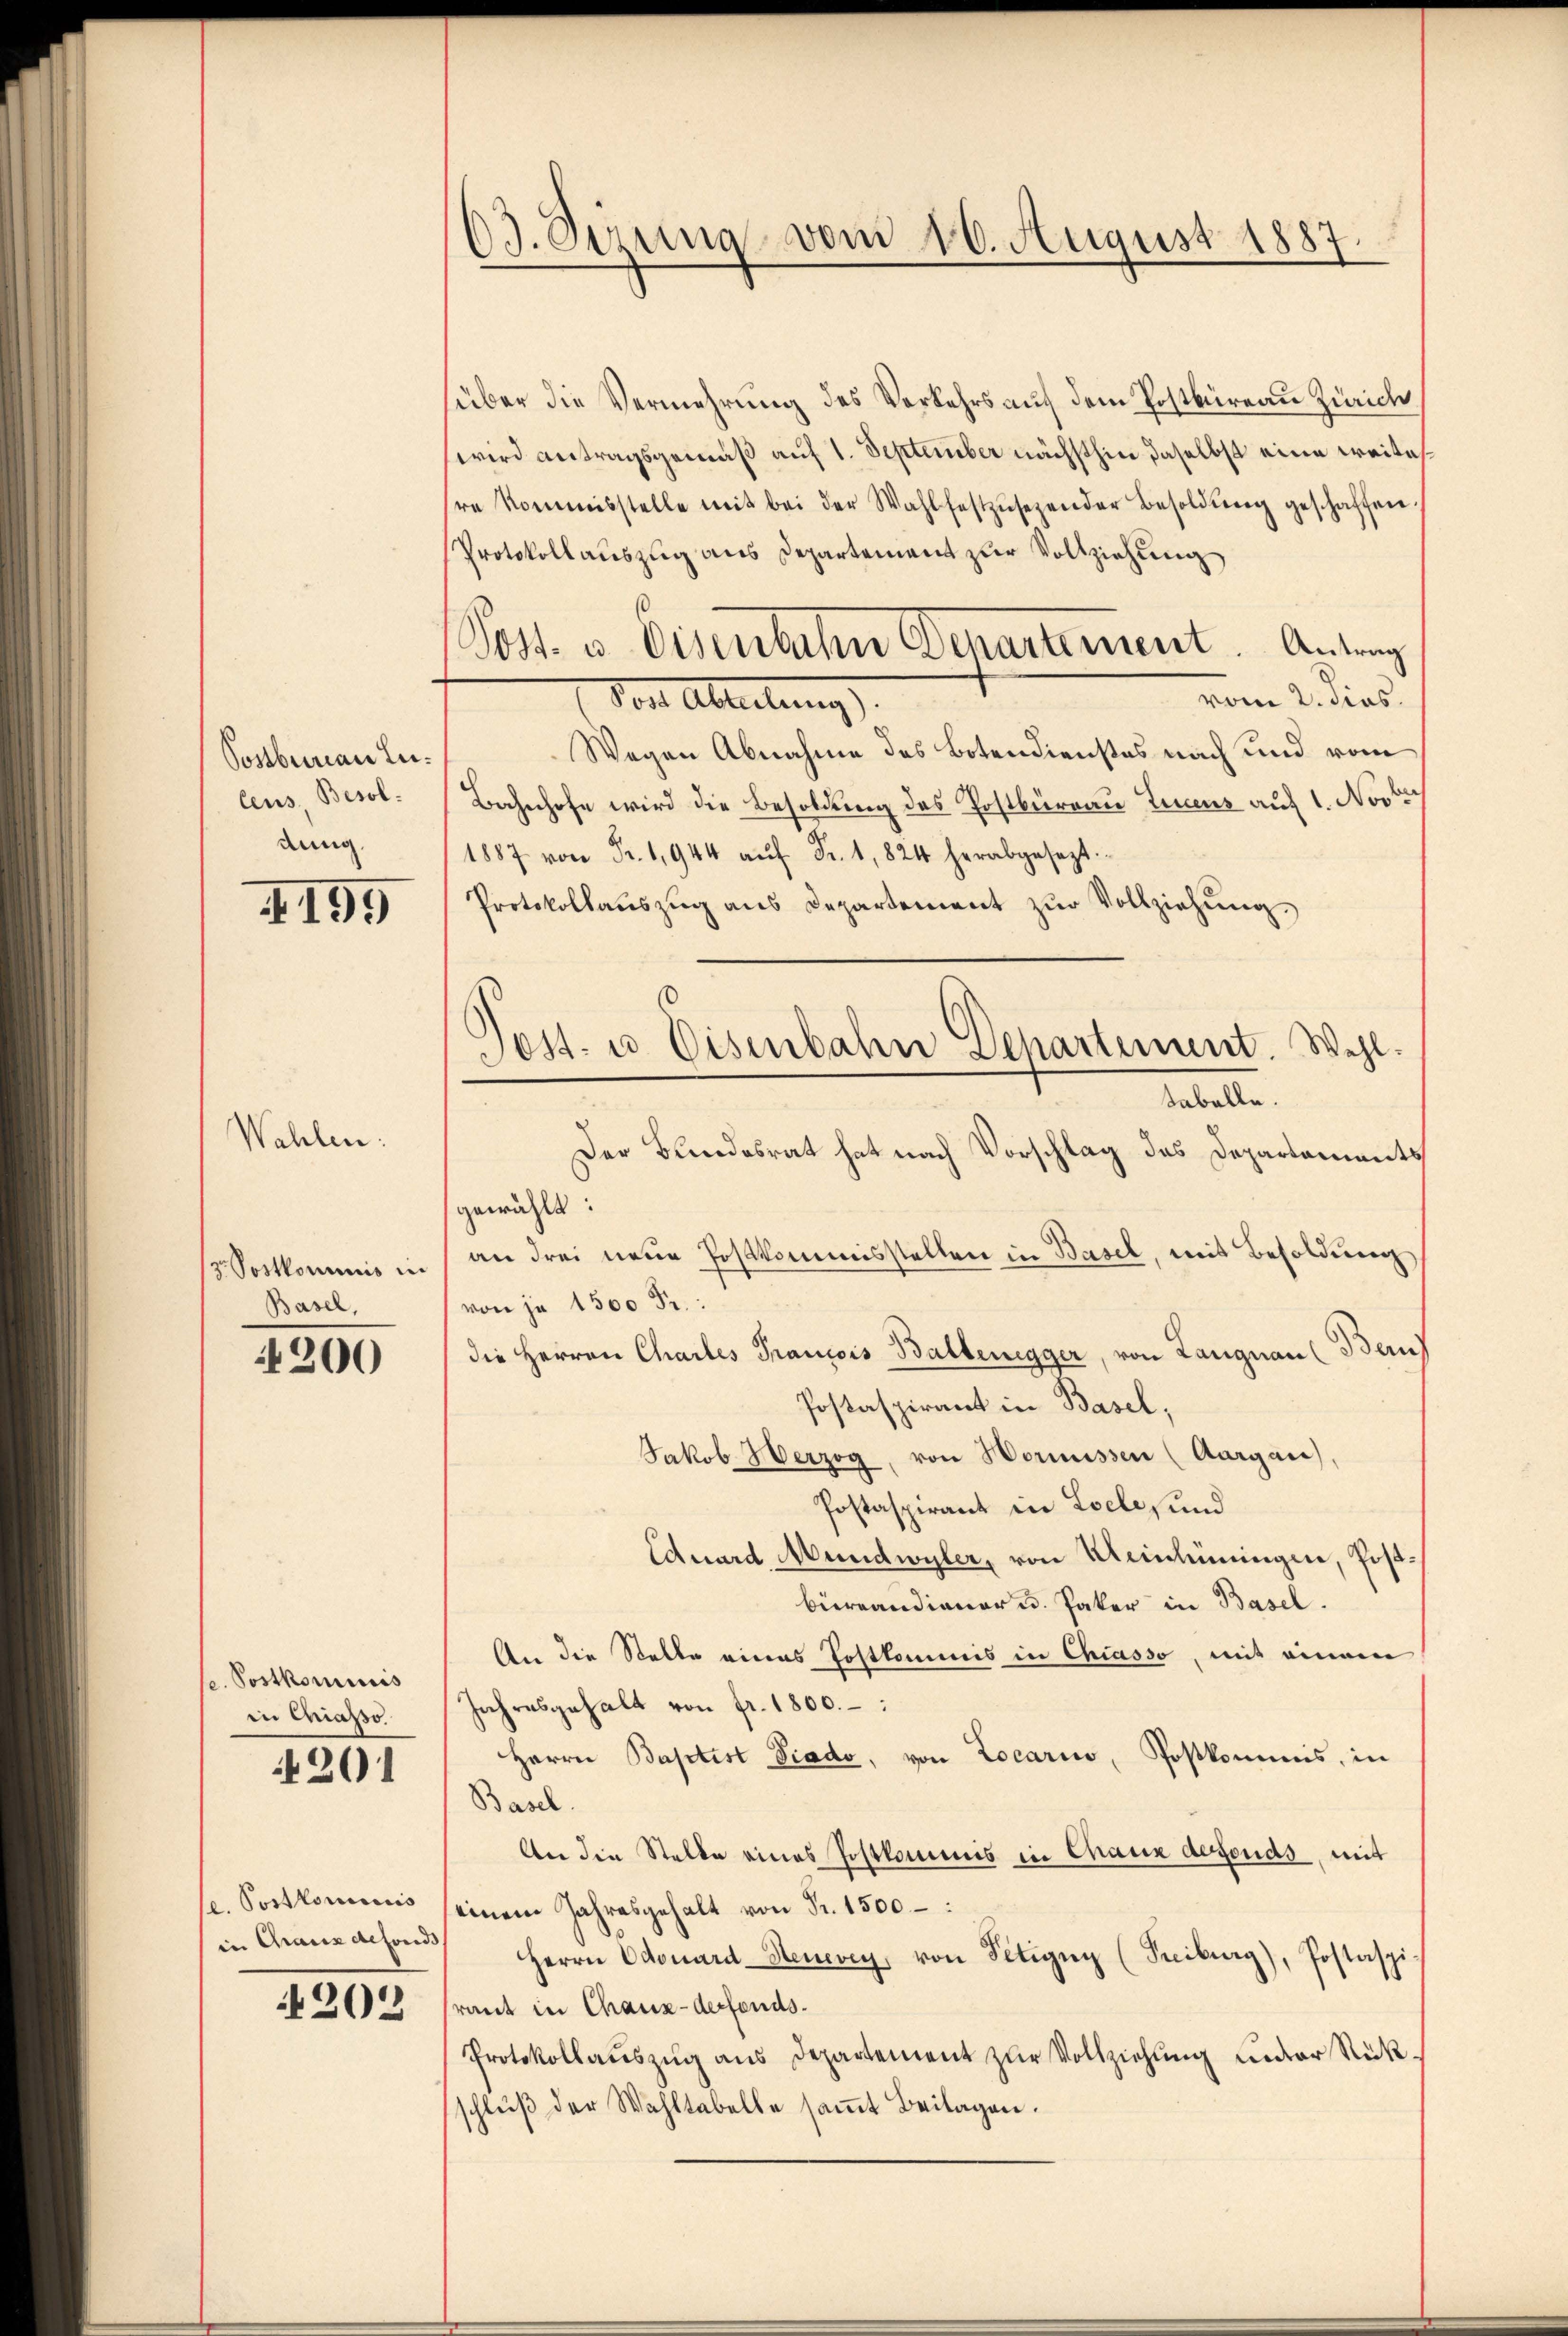
Postbureau Luleus, Besoldung.

Wahlen.

4195

Basel,

4200

c. Postkominis
in Chiasso

201

se. Postkomis
in Chaux alfonds,

202

63. Sizung vom 16. August 1887.

süber die Vermehrung des Vorkehrs auf dem Postbüreau Zürich
wird antragsgemäß auf 1. September nächsthin daselbst eine weitesre Kommisstelle mit bei der Wahl festzŭsezender Besoldŭng geschaffen.
Protokollauszug aus Departement zur Vollziehung
Post u. Eisenbahn Departement. Antrag
vom 2. dies
Post Abreitung).
Wegen Abnahme des Botendienstes nach und vom
Bahnhofe wird die Besoldung des Postbüreau Linienz auf 1. Nov.
 Fr. 944 aŭf Fr. 1824 herabgesezt.
Protokollaŭszŭg ans Departement zŭr Vollziehung.
Der Bundesrat hat nach Vorschlag des Departements
gewählt:
3. Postkommis in an drei neue Postkommisstellen in Basel, mit Besoldŭng
von je 1500 Fr.:
die Herren Chartes Francois Baltenegger, von Langnau (Bern
Postaspirant in Basel,
Jakob Herzog, von Hermissen (Aargau).
Postaspirant in Loele, und
Eduard, Mundwyler, von Unilingen, Postbürcandiener u. Paker in Basel.
An die Stelle eines Postkommis in Chiasso, mit einem
Jahresgehalt von fr. 1800.
Herrn Baptist Viado, von Locario, Postkommis, in
Basel.
An die Stelle eines Postkommnis in Chaux derfonds, mit
einem Jahresgehalt von Fr. 1500 –
Herrn Odouard-Steuerey, von Petigny (Freiburg), Postaspi
raut in Chaux-derfends.
Protokollauszug aus Departement zŭr Vollziehung unter Rückschlŭβ der Wahltabelle saṁt Beilagen.

Tett. u. Eisenbahn Departement. Wehl.
tabelle.